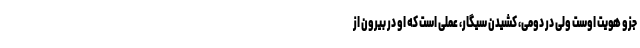
جزو هویت اوست ولی در دومی، کشیدن سیگار، عملی است که او در بیرون از